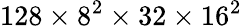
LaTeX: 128\times 8^{2}\times 32\times 16^{2}